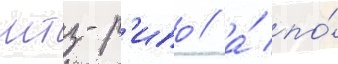
мтз-р'ипо / а́ по́